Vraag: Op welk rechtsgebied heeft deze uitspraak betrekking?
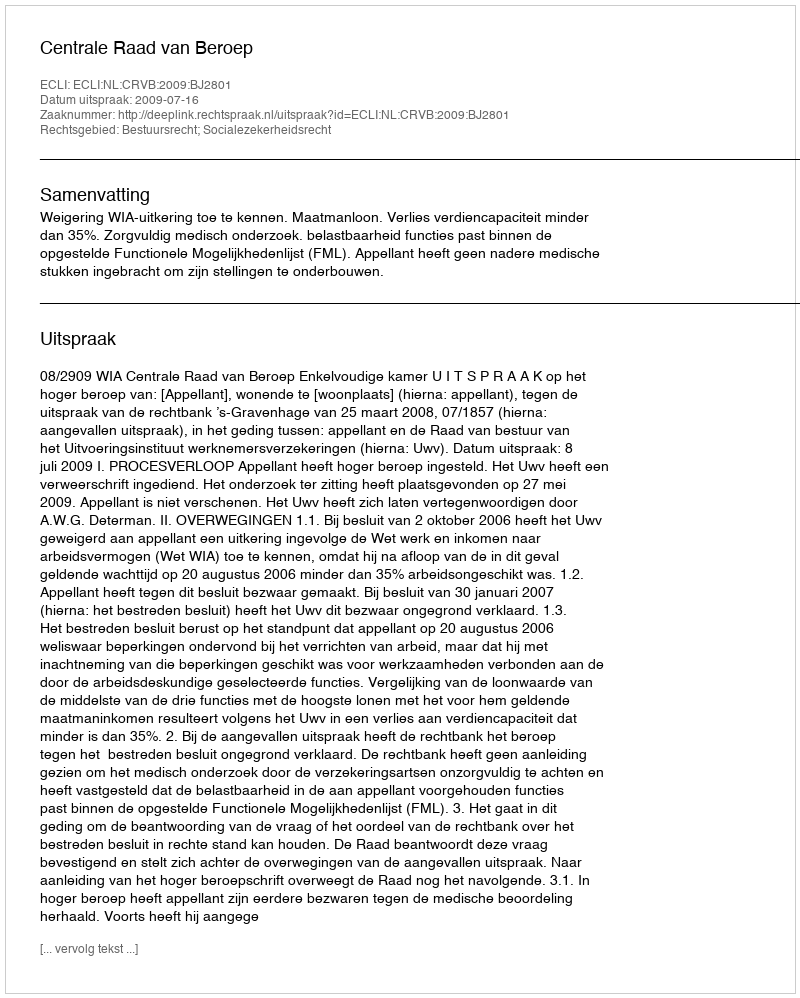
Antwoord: Bestuursrecht; Socialezekerheidsrecht